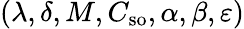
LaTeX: (\lambda,\delta,M,C_{\mathrm{so}},\alpha,\beta,\varepsilon)